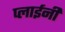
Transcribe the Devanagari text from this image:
प्लाईनी